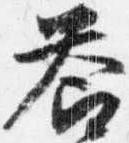
答